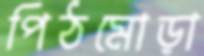
পিঠমোড়া